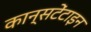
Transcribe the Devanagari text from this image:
कान्सटेंटाइन